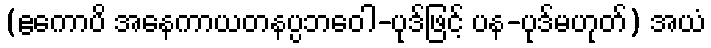
(ဧကောပိ အနေကာယတနပ္ပဘဝေါ-ပုဒ်ဖြင့် ပန-ပုဒ်မဟုတ်) အယံ